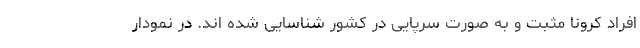
افراد کرونا مثبت و به صورت سرپایی در کشور شناسایی شده اند. در نمودار